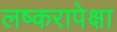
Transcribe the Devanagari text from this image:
लष्करापेक्षा